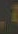
,